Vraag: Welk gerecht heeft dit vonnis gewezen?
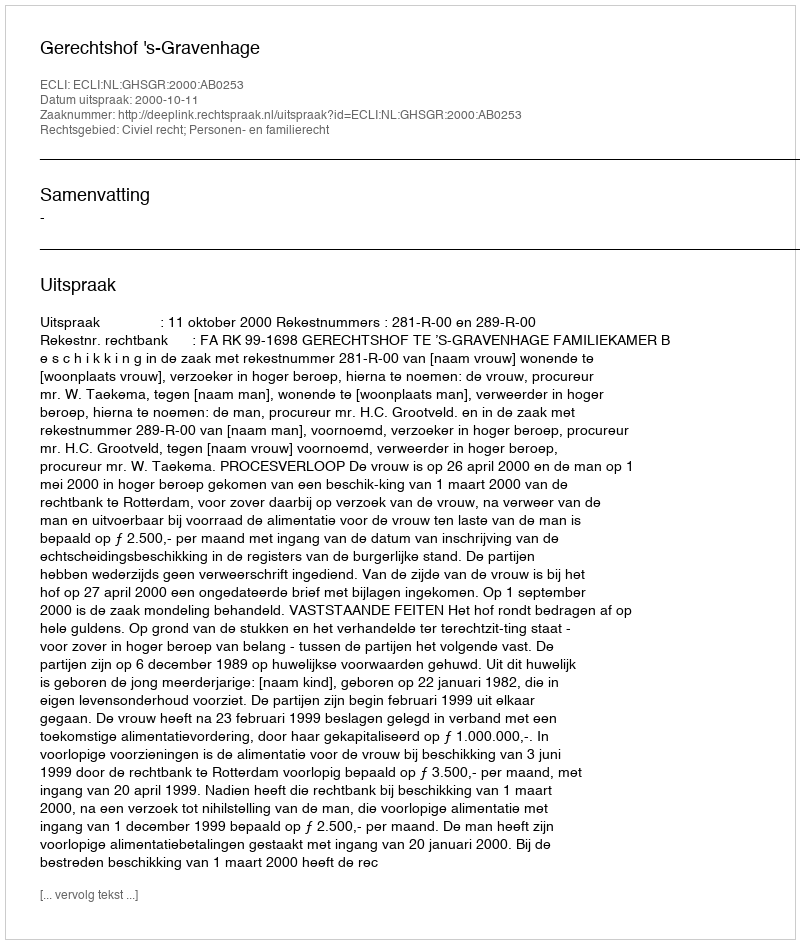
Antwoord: Gerechtshof 's-Gravenhage